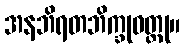
အနဘိရတဘိက္ခုဝတ္ထု။